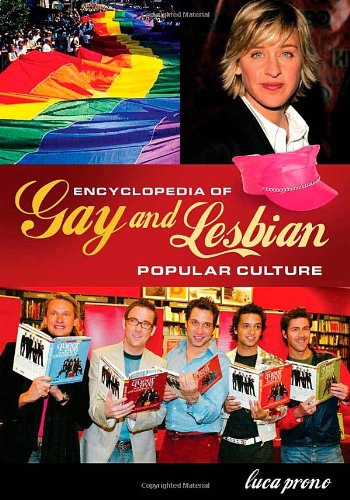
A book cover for Encyclopedia of Gay and Lesbian Popular Culture; Luca Prono; Humor & Entertainment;